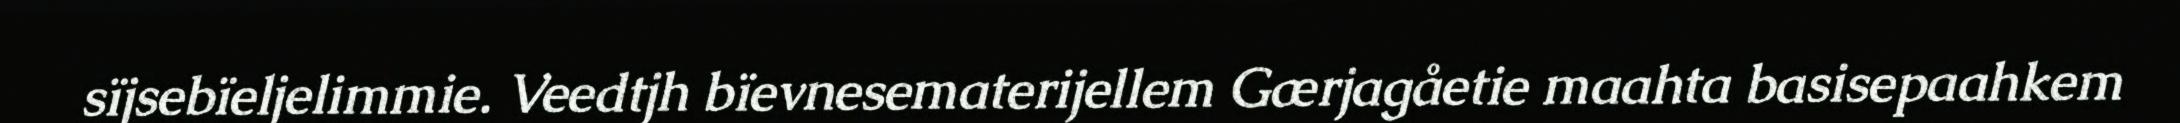
sïjsebïeljelimmie. Veedtjh bïevnesematerijellem Gærjagåetie maahta basisepaahkem